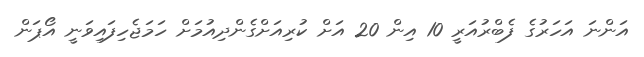
އަންނަ އަހަރުގެ ފެބްރުއަރީ 10 އިން 20 އަށް ކުރިއަށްގެންދިއުމަށް ހަމަޖެހިފައިވަނީ އޯޕަން